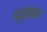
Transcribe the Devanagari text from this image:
ब्युसेका